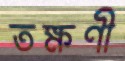
তক্ষণী